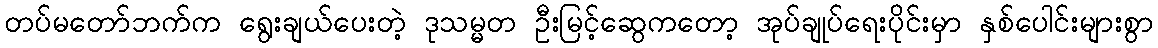
တပ်မတော်ဘက်က ရွေးချယ်ပေးတဲ့ ဒုသမ္မတ ဦးမြင့်ဆွေကတော့ အုပ်ချုပ်ရေးပိုင်းမှာ နှစ်ပေါင်းများစွာ